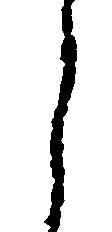
々